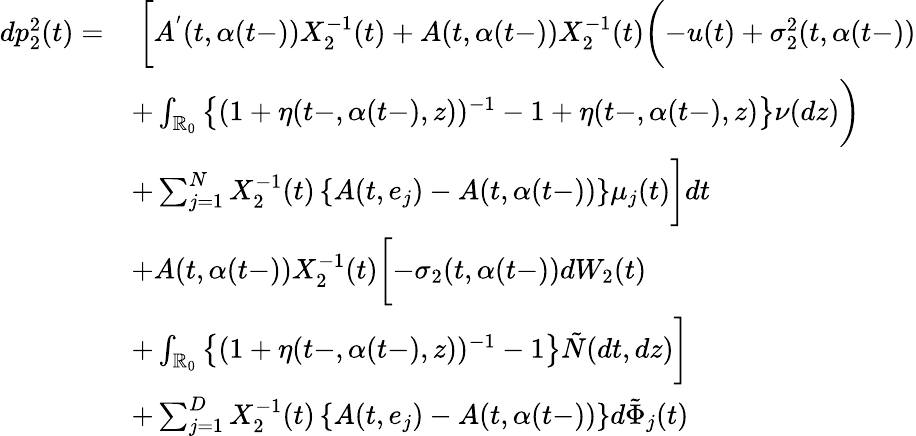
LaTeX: \begin{array}{rl}{dp_{2}^{2}(t)=}&{\ \biggl[A^{'}(t,\alpha(t-))X_{2}^{-1}(t)+A(t,\alpha(t-))X_{2}^{-1}(t)\biggl(-u(t)+\sigma_{2}^{2}(t,\alpha(t-))}\\ &{+\int_{\mathbb{R}_{0}}\left\{ (1+\eta(t-,\alpha(t-),z))^{-1}-1+\eta(t-,\alpha(t-),z)\right\} \nu(dz)\biggr)}\\ &{+\sum_{j=1}^{N}X_{2}^{-1}(t)\left\{ A(t,e_{j})-A(t,\alpha(t-))\right\} \mu_{j}(t)\biggr]dt}\\ &{+A(t,\alpha(t-))X_{2}^{-1}(t)\biggl[-\sigma_{2}(t,\alpha(t-))dW_{2}(t)}\\ &{+\int_{\mathbb{R}_{0}}\left\{ (1+\eta(t-,\alpha(t-),z))^{-1}-1\right\} \tilde{N}(dt,dz)\biggr]}\\ &{+\sum_{j=1}^{D}X_{2}^{-1}(t)\left\{ A(t,e_{j})-A(t,\alpha(t-))\right\} d\tilde{\Phi}_{j}(t)}\end{array}